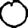
Digit: 0